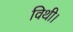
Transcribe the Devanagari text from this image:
विथी।